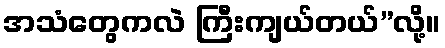
အသံတွေကလဲ ကြီးကျယ်တယ်”လို့။